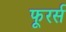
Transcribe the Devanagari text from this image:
फूरर्स